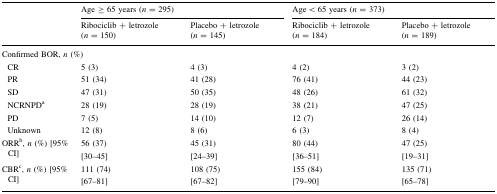
| <ROWSPAN=2>  | <COLSPAN=2> Age ≥ 65 years (n = 295) | <COLSPAN=2> Age < 65 years (n = 373) |
 | Ribociclib + letrozole (n = 150) | Placebo + letrozole (n = 145) | Ribociclib + letrozole (n = 184) | Placebo + letrozole (n = 189) |
 | --- | --- | --- | --- | --- |
 | <COLSPAN=5> Confirmed BOR, n (%) |
 | CR | 5 (3) | 4 (3) | 4 (2) | 3 (2) |
 | PR | 51 (34) | 41 (28) | 76 (41) | 44 (23) |
 | SD | 47 (31) | 50 (35) | 48 (26) | 61 (32) |
 | NCRNPDa | 28 (19) | 28 (19) | 38 (21) | 47 (25) |
 | PD | 7 (5) | 14 (10) | 12 (7) | 26 (14) |
 | Unknown | 12 (8) | 8 (6) | 6 (3) | 8 (4) |
 | ORRb, n (%) [95% CI] | 56 (37)[30–45] | 45 (31)[24–39] | 80 (44)[36–51] | 47 (25)[19–31] |
 | CBRc, n (%) [95% CI] | 111 (74)[67–81] | 108 (75)[67–82] | 155 (84)[79–90] | 135 (71)[65–78] |